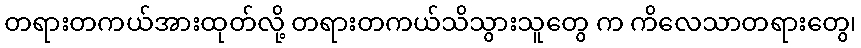
တရားတကယ်အားထုတ်လို့ တရားတကယ်သိသွားသူတွေ က ကိလေသာတရားတွေ၊